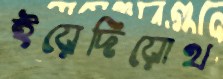
ইয়েদিয়োথ